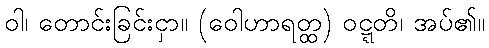
ဝါ၊ တောင်းခြင်းငှာ။ (ဝေါဟာရတ္ထ) ဝဋ္ဋတိ၊ အပ်၏။